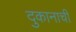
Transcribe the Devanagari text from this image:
दुकानाची